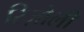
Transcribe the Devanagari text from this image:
रिज़ोली